342_HS1-416511228_319.1 Flying Discs 1949
Agency: Department of War
Incident date: 1/9/50
Page 6
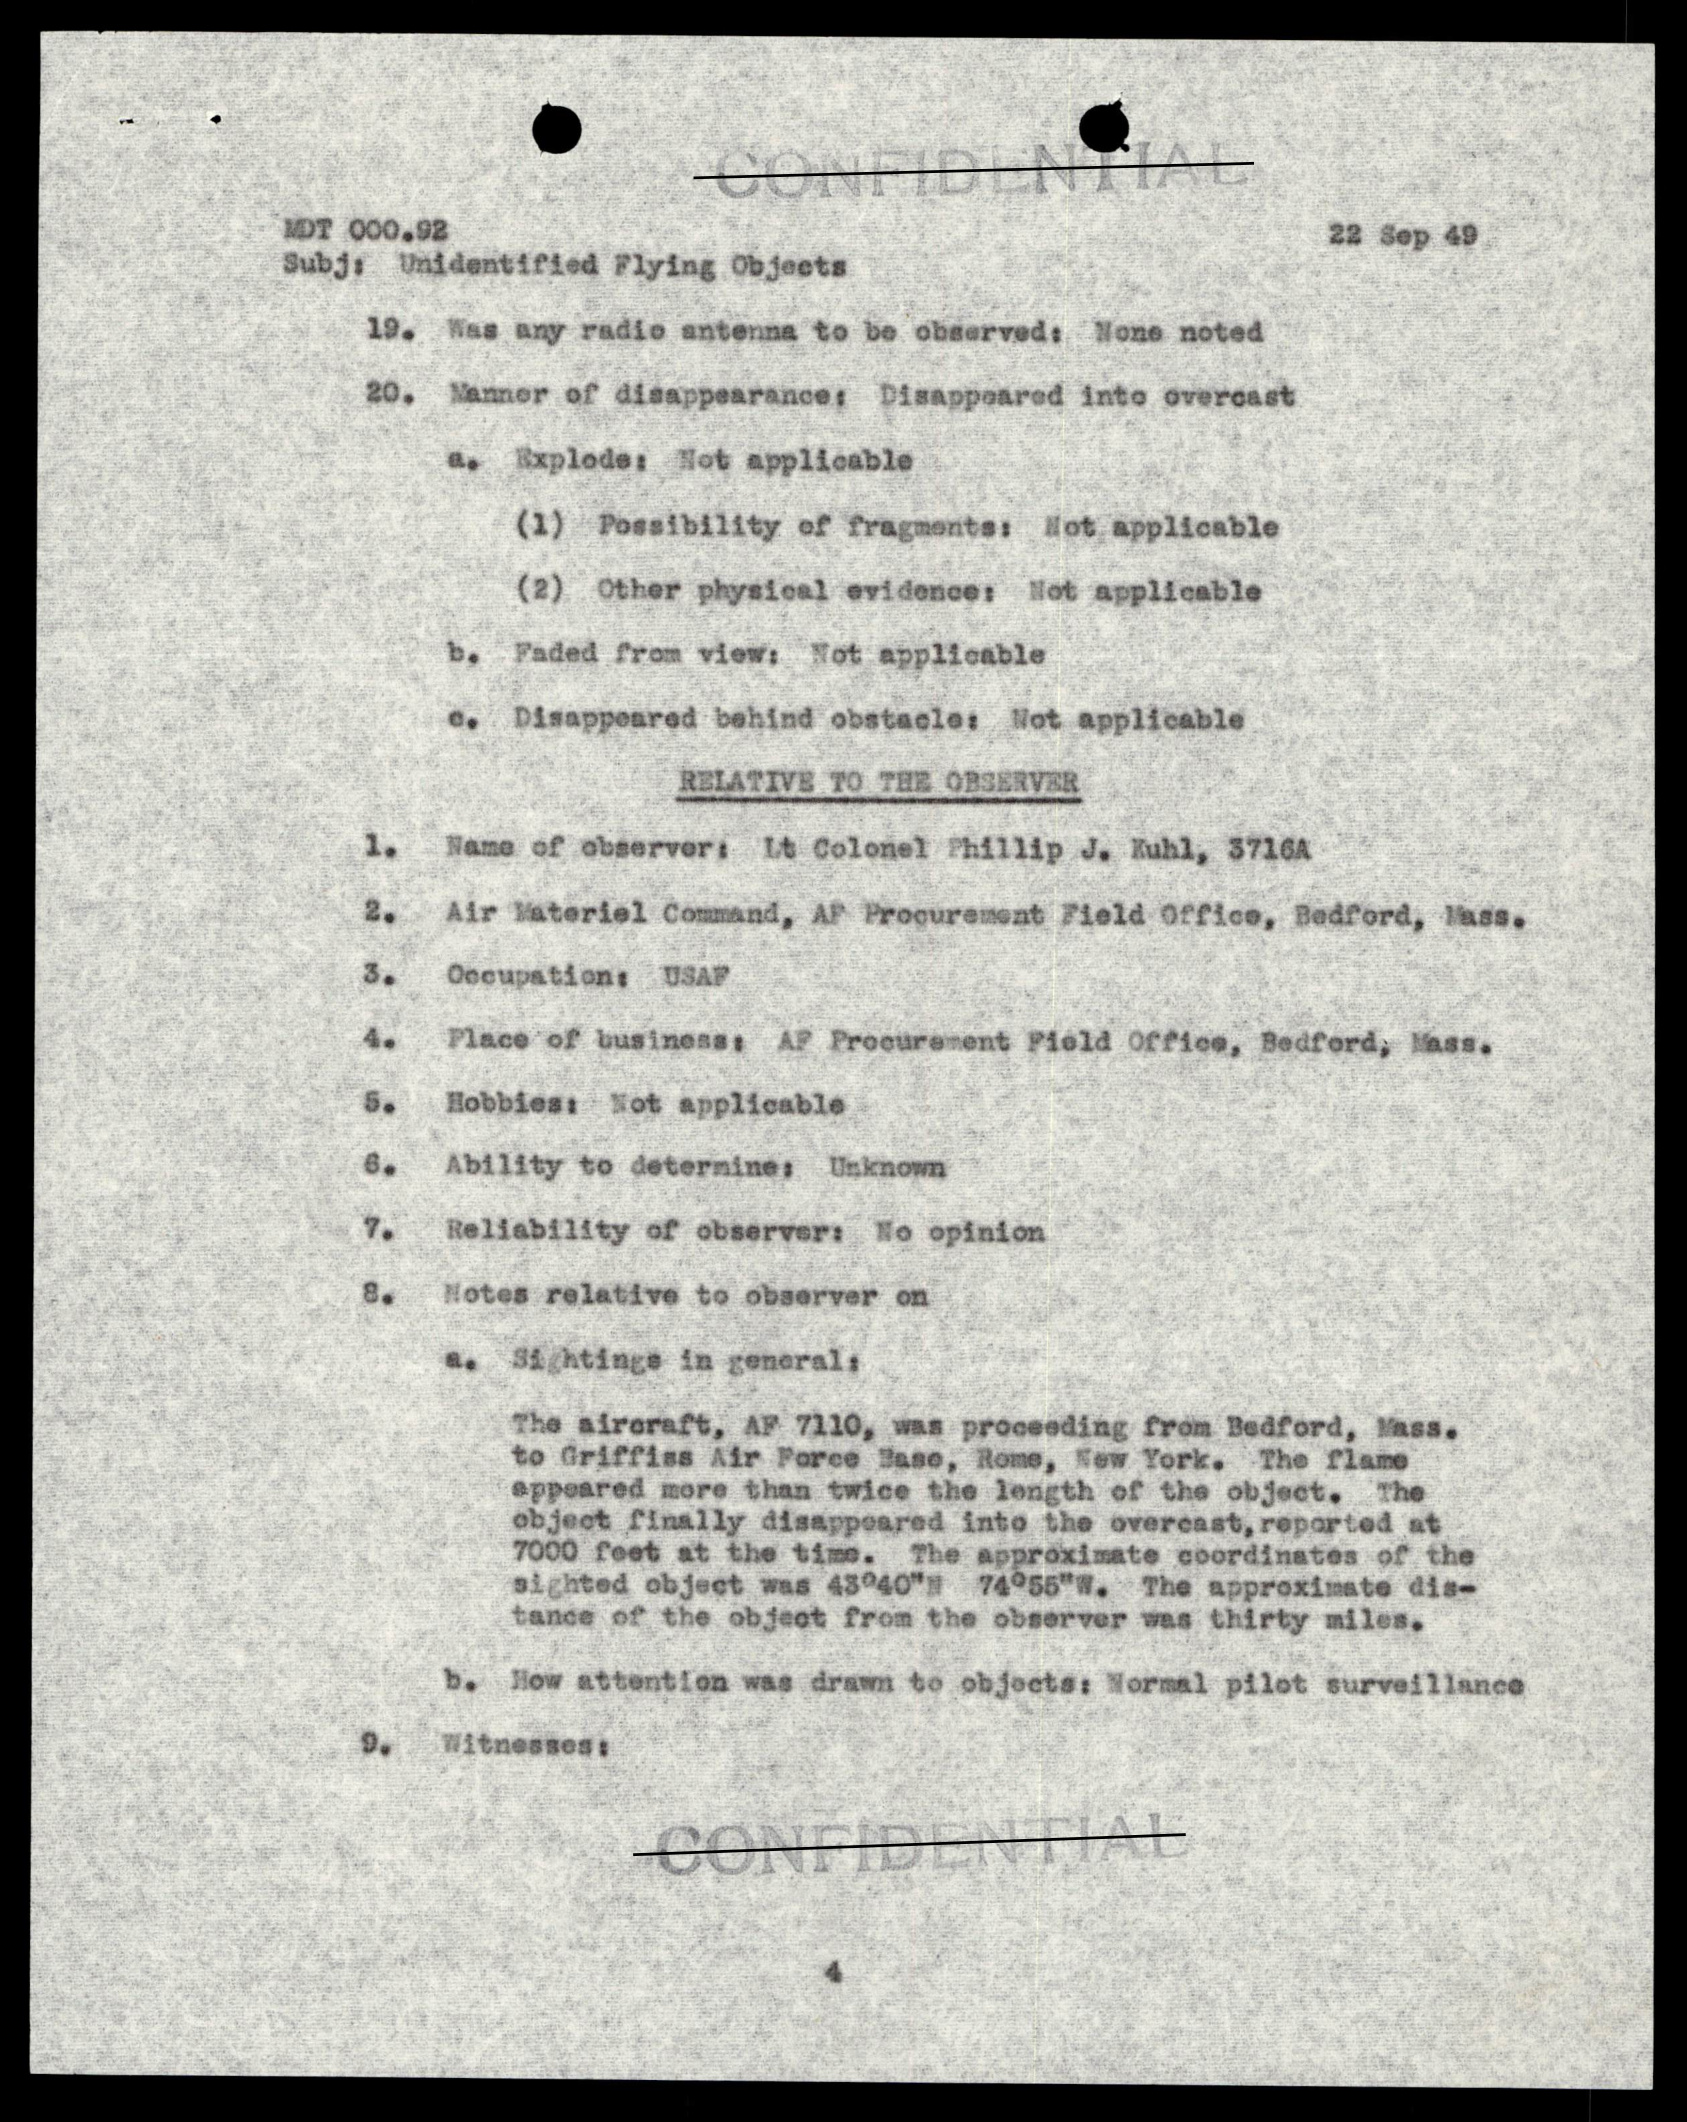